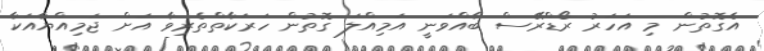
އެގޮތުން މި އަހަރު ރޯޑްރޭސް ބާއްވަނީ އަމިއްލަ ގޮތުން ހަރަކާތްތެރިވާ އަށް ޖަމިއްޔާއަކާ